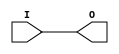
module BUF (O, I);

    output O;

    input  I;

	buf B1 (O, I);


endmodule